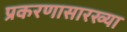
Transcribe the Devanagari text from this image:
प्रकरणासारख्या